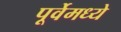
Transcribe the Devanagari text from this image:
पूर्वेमध्ये